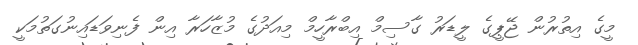
މީގެ އިތުރުން ޖޭޕީގެ ލީޑަރު ގާސިމް އިބްރާހީމް މިއަދުގެ މުޒާހަރާ އިން ފެނިވަޑައިނުގަތުމަކީ